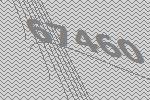
67460